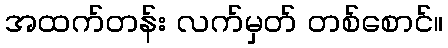
အထက်တန်း လက်မှတ် တစ်စောင်။